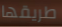
طريقها